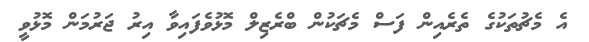
އެ މެޗުތަކުގެ ތެރެއިން ފަސް މެޗަކުން ބްރެޒިލް މޮޅުވެފައިވާ އިރު ޖަރުމަން މޮޅުވީ